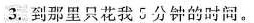
3.到那里只花我5分钟的时间。